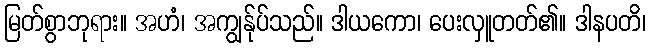
မြတ်စွာဘုရား။ အဟံ၊ အကျွန်ုပ်သည်။ ဒါယကော၊ ပေးလှူတတ်၏။ ဒါနပတိ၊